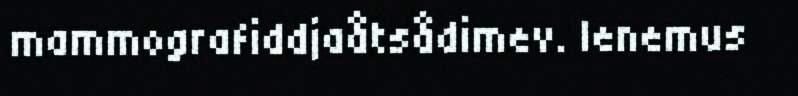
mammografiddjaåtsådimev. Ienemus